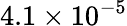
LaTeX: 4.1\times 10^{-5}